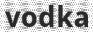
vodka